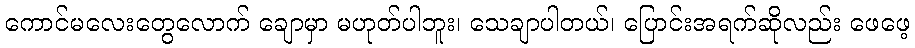
ကောင်မလေးတွေလောက် ချောမှာ မဟုတ်ပါဘူး၊ သေချာပါတယ်၊ ပြောင်းအရက်ဆိုလည်း ဖေဖေ့